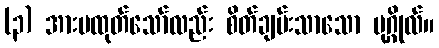
(၃) အားမထုတ်သော်လည်း စိတ်ချမ်းသာသော ပုဂ္ဂိုလ်။